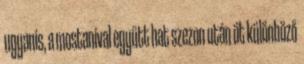
ugyanis, a mostanival együtt hat szezon után öt különböző